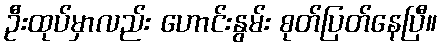
ဦးထုပ်မှာလည်း ဟောင်းနွမ်း စုတ်ပြတ်နေပြီ။